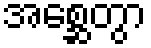
အစ္ဆေတွာ